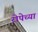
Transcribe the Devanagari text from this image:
रोपेच्या